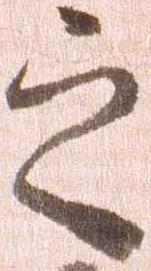
之